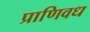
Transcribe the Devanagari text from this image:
प्राणिवध